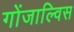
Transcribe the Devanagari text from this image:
गोंजाल्विस